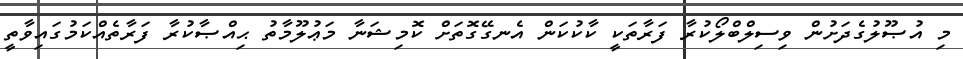
މި އުޞޫލުގެދަށުން ވިސިލްބްލޯކުރާ ފަރާތަކީ ކާކުކަން އެނގޭގޮތަށް ކޮމިޝަނާ މަޢުލޫމާތު ޙިއްޞާކުރާ ފަރާތެއްކަމުގައިވާތީ